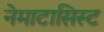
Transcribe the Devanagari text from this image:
नेमाटासिस्ट